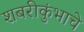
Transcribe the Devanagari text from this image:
शबरीकुंभाचे